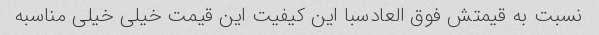
نسبت به قیمتش فوق العادسبا این کیفیت این قیمت خیلی خیلی مناسبه